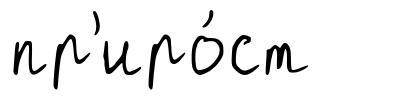
пр'иро́ст